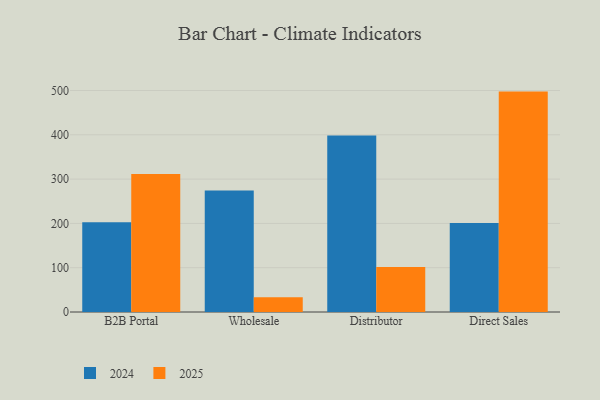
{"axis": {"x": "Channel", "y": "LTV (USD)"}, "legend": ["2024", "2025"], "data": [{"x": "B2B Portal", "y": 311.3, "type": "2025"}, {"x": "B2B Portal", "y": 202.6, "type": "2024"}, {"x": "Wholesale", "y": 33.5, "type": "2025"}, {"x": "Wholesale", "y": 274.0, "type": "2024"}, {"x": "Distributor", "y": 101.8, "type": "2025"}, {"x": "Distributor", "y": 398.6, "type": "2024"}, {"x": "Direct Sales", "y": 497.5, "type": "2025"}, {"x": "Direct Sales", "y": 200.7, "type": "2024"}]}